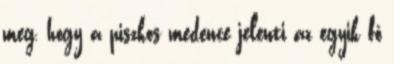
meg, hogy a piszkos medence jelenti az egyik fő